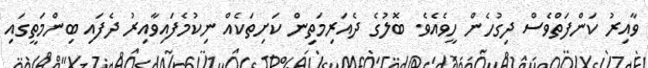
ވާއިރު ކަންފަތްވެސް ދިގުހެން ހީވެއެވެ. ބޮލުގެ ދެއަރިމަތިން ކަށިތަކެއް ނިކުމެފައިވާއިރު ދެފައި ބިންމަތީގައި